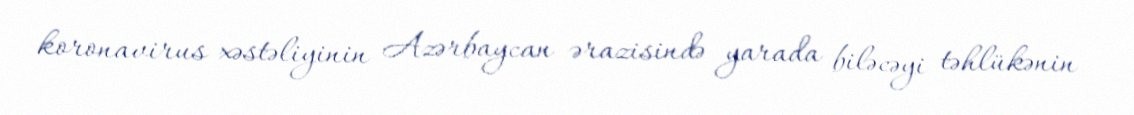
koronavirus xəstəliyinin Azərbaycan ərazisində yarada biləcəyi təhlükənin